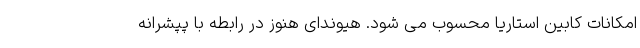
امکانات کابین استاریا محسوب می شود. هیوندای هنوز در رابطه با پپشرانه